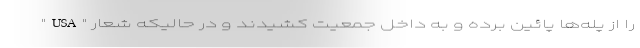
را از پله‌ها پائین برده و به داخل جمعیت کشیدند و در حالیکه شعار "USA"